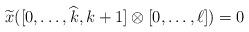
LaTeX: \begin{align*} \widetilde{x}([0,\ldots, \widehat{k}, k+1]\otimes [0,\ldots, \ell])=0 \end{align*}